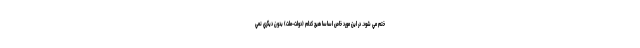
ختم مي شود. در اين مورد خاص اساسا هيچ كدام (دولت-ملت) بدون ديگري نمي